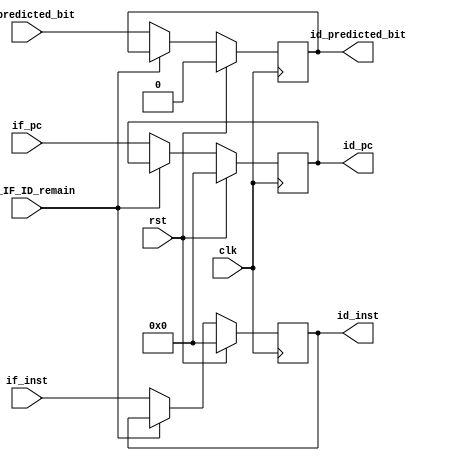
module Reg_IF_ID (
  input  wire        clk    ,
  input  wire        rst    ,
  input  wire        Reg_IF_ID_remain,
  input  wire        if_predicted_bit,
  input  wire [31:0] if_pc  ,
  input  wire [31:0] if_inst,
  output reg  [31:0] id_pc  ,
  output reg         id_predicted_bit,
  output reg  [31:0] id_inst 
);
  always @ (posedge clk) 
  begin
    if (rst) begin
      id_pc   <= 0;
      id_inst <= 0;
		id_predicted_bit <= 0;
    end 
	 else if (Reg_IF_ID_remain) 
	   begin
	     id_pc   <= id_pc;  // remain
        id_inst <= id_inst;// remain
		  //o_predicted_bit <= o_predicted_bit
		end
	 else begin
      id_pc   <= if_pc;
      id_inst <= if_inst;
		id_predicted_bit <= if_predicted_bit;
		end  
  end
endmodule